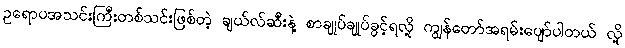
ဥရောပအသင်းကြီးတစ်သင်းဖြစ်တဲ့ ချယ်လ်ဆီးနဲ့ စာချုပ်ချုပ်ခွင့်ရလို့ ကျွန်တော်အရမ်းပျော်ပါတယ် လို့